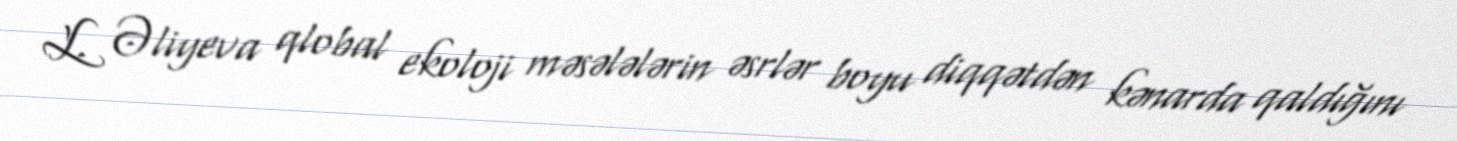
L. Əliyeva qlobal ekoloji məsələlərin əsrlər boyu diqqətdən kənarda qaldığını